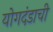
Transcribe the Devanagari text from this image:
योगदंडाची